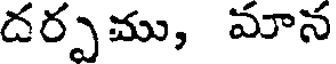
దర్పము, మాన